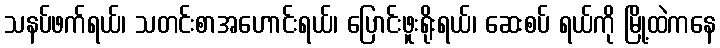
သနပ်ဖက်ရယ်၊ သတင်းစာအဟောင်းရယ်၊ ပြောင်းဖူးရိုးရယ်၊ ဆေးစပ် ရယ်ကို မြို့ထဲကနေ